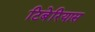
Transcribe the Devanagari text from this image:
टिबेरियास